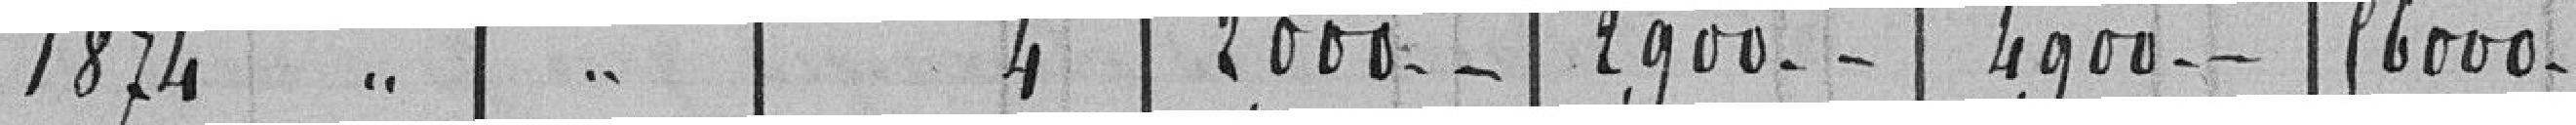
1874 " " 4 2.000 - - 2.900 - - 4.900 - - 56.000 -